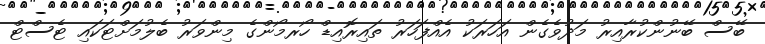
ބޭސް ބޭނުންކުރާއިރު މަދުވެގެން އަހަރަކު އެއްފަހަރު ތައިރޮއިޑް ހޯރމޯންގެ މިންވަރު ބެލުމަށްޓަކައި ޓެސްޓް